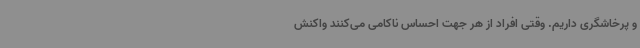
و پرخاشگری داریم. وقتی افراد از هر جهت احساس ناکامی می‌کنند واکنش